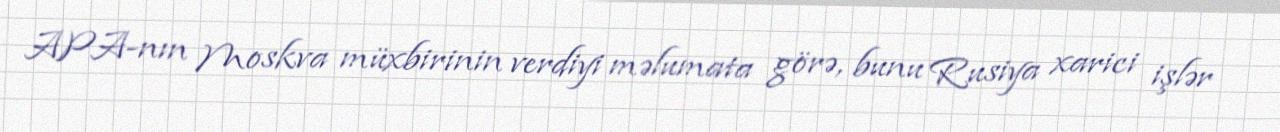
APA-nın Moskva müxbirinin verdiyi məlumata görə, bunu Rusiya xarici işlər